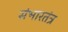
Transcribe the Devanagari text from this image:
संभारतंत्र